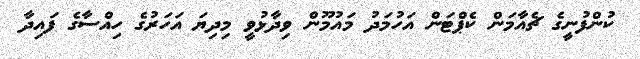
ކުންފުނީގެ ޗެއާމަން ކެޕްޓަން އަހުމަދު މައުމޫން ވިދާޅުވީ މިދިޔަ އަހަރުގެ ހިއްސާގެ ފައިދާ